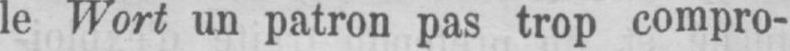
le Wort un patron pas trop compro-